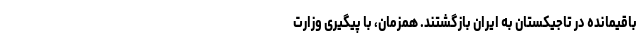
باقیمانده در تاجیکستان به ایران بازگشتند. همزمان، با پیگیری وزارت